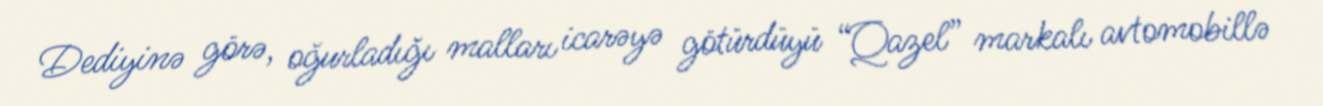
Dediyinə görə, oğurladığı malları icarəyə götürdüyü “Qazel” markalı avtomobillə